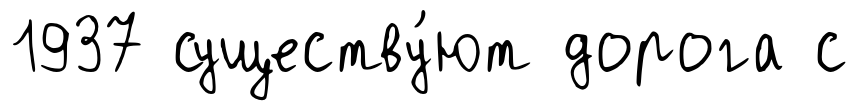
1937 существу́ют дорога с